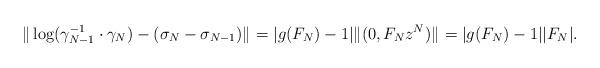
LaTeX: \begin{align*}\|\log(\gamma_{N-1}^{-1}\cdot\gamma_{N})-(\sigma_{N}-\sigma_{N-1})\|_{}=|g(F_{N})-1|\|(0 , F_{N} z^{N} )\|_{}=|g(F_{N})-1||F_{N}|.\end{align*}